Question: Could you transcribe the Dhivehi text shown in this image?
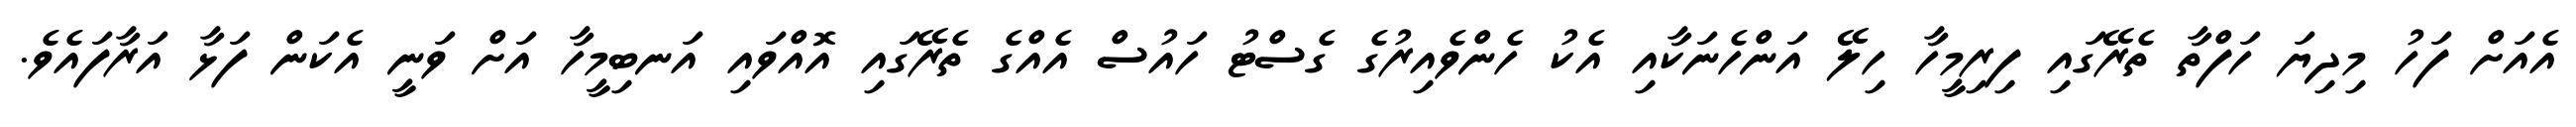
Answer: އެއަށް ފަހު މިދިޔަ ހަފްތާ ތެރޭގައި ފިރިމީހާ ހިލޭ އަންހެނަކާއި އެކު ހެންވެއިރުގެ ގެސްޓު ހައުސް އެއްގެ ތެރޭގައި އޮއްވައި އަނބިމީހާ އަށް ވަނީ އެކަން ފަޅާ އަރާފައެވެ.